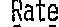
RATE